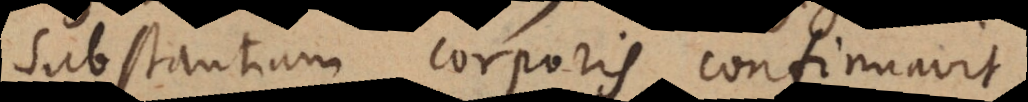
Substantiam corporis confirmavit